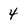
Character: 4